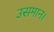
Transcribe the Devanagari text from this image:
उसमान।